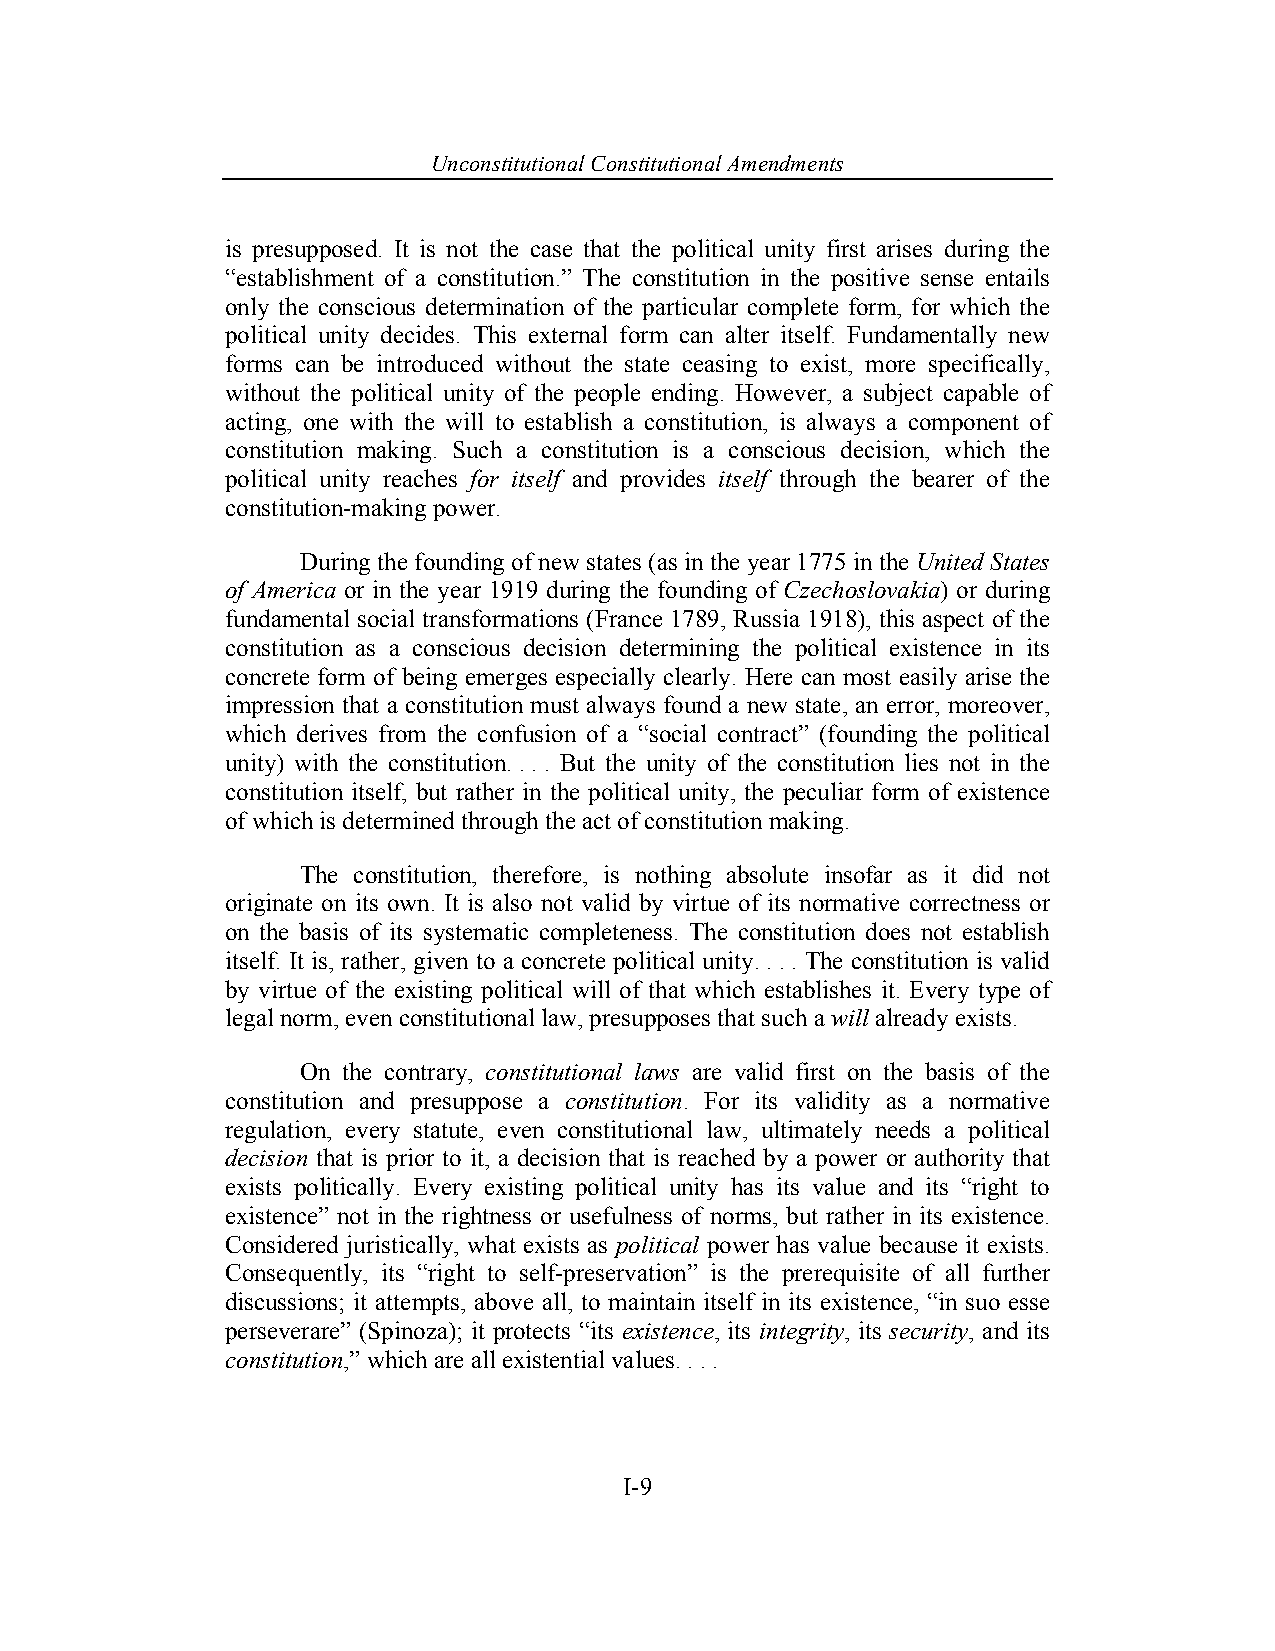
Unconstitutional Con stitutional Amendments
 is presupposed. It is not the case that the political unity first arises during the
 “establishment of a constitution.” The constitution in the positive sense entails
 only the conscious determination of the particular complete form, for which the
 political unity decides. This external form can alter itself. Fundamentally new
 forms can be introduced without the state ceasing to exist, more specifically,
 without the political unity of the people ending. However, a subject capable of
 acting, one with the will to establish a constitution, is always a component of
 constitution making. Such a constitution is a conscious decision, which the
 political unity reaches for itself and provides itself through the bearer of the
 constitution-making power.
 During the founding of new states (as in the year 1775 in the United States
 of America or in the year 1919 during the founding of Czechoslovakia) or during
 fundamental social transformations (France 1789, Russia 1918), this aspect of the
 constitution as a conscious decision determining the political existence in its
 concrete form of being emerges especially clearly. Here can most easily arise the
 impression that a constitution must always found a new state, an error, moreover,
 which derives from the confusion of a “social contract” (founding the political
 unity) with the constitution. . . . But the unity of the constitution lies not in the
 constitution itself, but rather in the political unity, the peculiar form of existence
 of which is determined through the act of constitution making.
 The constitution, therefore, is nothing absolute insofar as it did not
 originate on its own. It is also not valid by virtue of its normative correctness or
 on the basis of its systematic completeness. The constitution does not establish
 itself. It is, rather, given to a concrete political unity. . . . The constitution is valid
 by virtue of the existing political will of that which establishes it. Every type of
 legal norm, even constitutional law, presupposes that such a will already exists.
 On the contrary, constitutional laws are valid first on the basis of the
 constitution and presuppose a constitution. For its validity as a normative
 regulation, every statute, even constitutional law, ultimately needs a political
 decision that is prior to it, a decision that is reached by a power or authority that
 exists politically. Every existing political unity has its value and its “right to
 existence” not in the rightness or usefulness of norms, but rather in its existence.
 Considered juristically, what exists as political power has value because it exists.
 Consequently, its “right to self-preservation” is the prerequisite of all further
 discussions; it attempts, above all, to maintain itself in its existence, “in suo esse
 perseverare” (Spinoza); it protects “its existence, its integrity, its security, and its
 constitution,” which are all existential values. . . .
 I-9